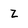
Character: Z